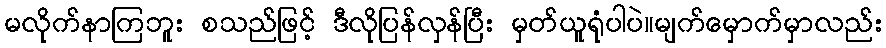
မလိုက်နာကြဘူး စသည်ဖြင့် ဒီလိုပြန်လှန်ပြီး မှတ်ယူရုံပါပဲ။မျက်မှောက်မှာလည်း